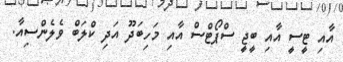
އާއި ޓީސީ އާއި ބީޖީ ސްޕޯޓްސް އާއި މަހިބަދޫ އަދި ކްލަބް ވެލެންސިއާ.